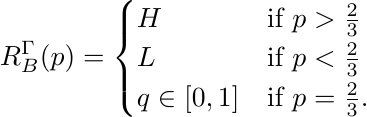
\begin{equation*}
R_B^\Gamma(p)=\begin{cases}
H & \text{if $p>\frac{2}{3}$}\\
L & \text{if $p<\frac{2}{3}$}\\
q\in[0,1] & \text{if $p=\frac{2}{3}$.}
\end{cases}
\end{equation*}